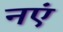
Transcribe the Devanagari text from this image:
नएं